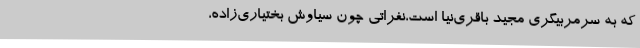
که به سرمربیگری مجید باقری‌نیا است،نفراتی چون سیاوش بختیاری‌زاده،